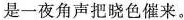
是一夜角声把晓色催来。